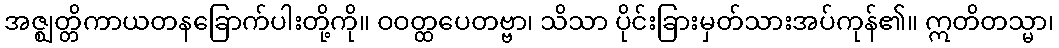
အဇ္ဈတ္တိကာယတနခြောက်ပါးတို့ကို။ ဝဝတ္ထပေတဗ္ဗာ၊ သိသာ ပိုင်းခြားမှတ်သားအပ်ကုန်၏။ ဣတိတသ္မာ၊